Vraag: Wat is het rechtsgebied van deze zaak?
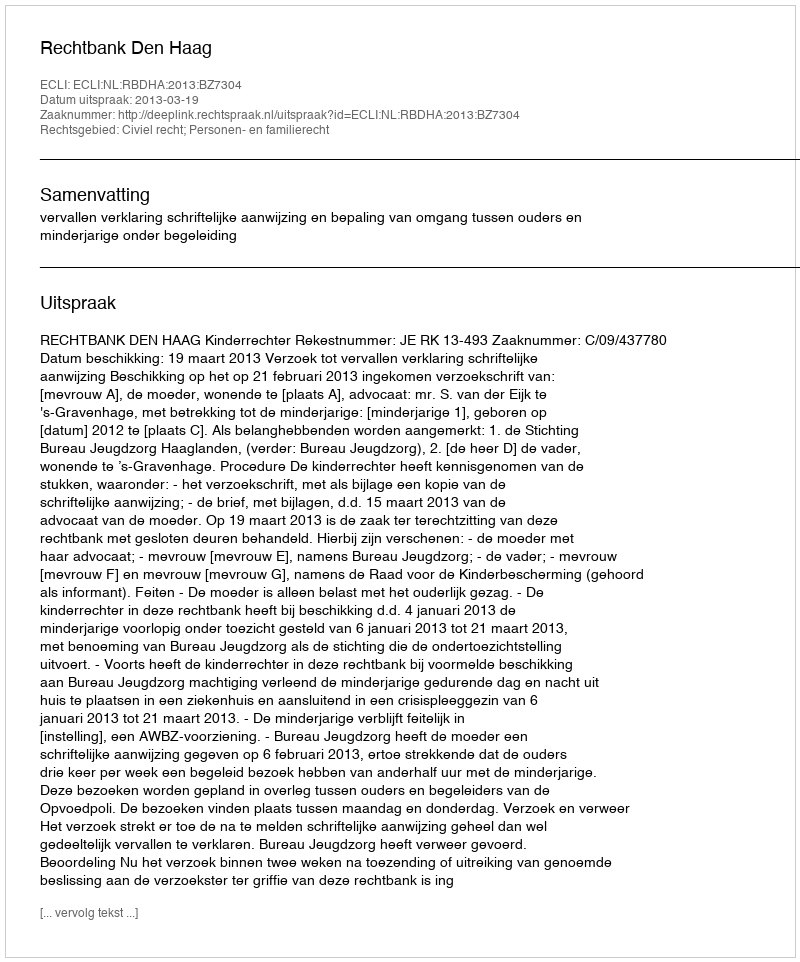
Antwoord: Civiel recht; Personen- en familierecht